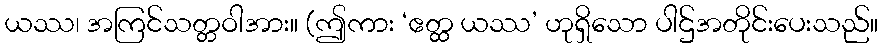
ယဿ၊ အကြင်သတ္တဝါအား။ (ဤကား ‘ဧတ္ထ ယဿ’ ဟုရှိသော ပါဌ်အတိုင်းပေးသည်။